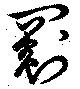
罽